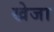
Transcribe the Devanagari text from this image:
खेजा